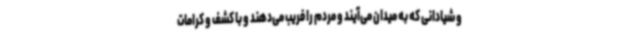
و شیادانی که به میدان می‌آیند و مردم را فریب می‌دهند و با کشف و کرامات